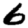
Digit: 6